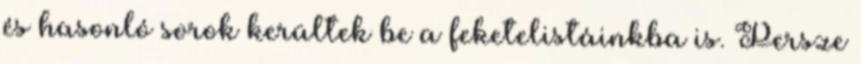
és hasonló sorok kerültek be a feketelistáinkba is. Persze